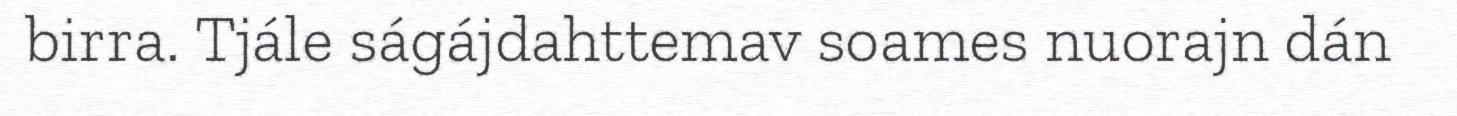
birra. Tjále ságájdahttemav soames nuorajn dán